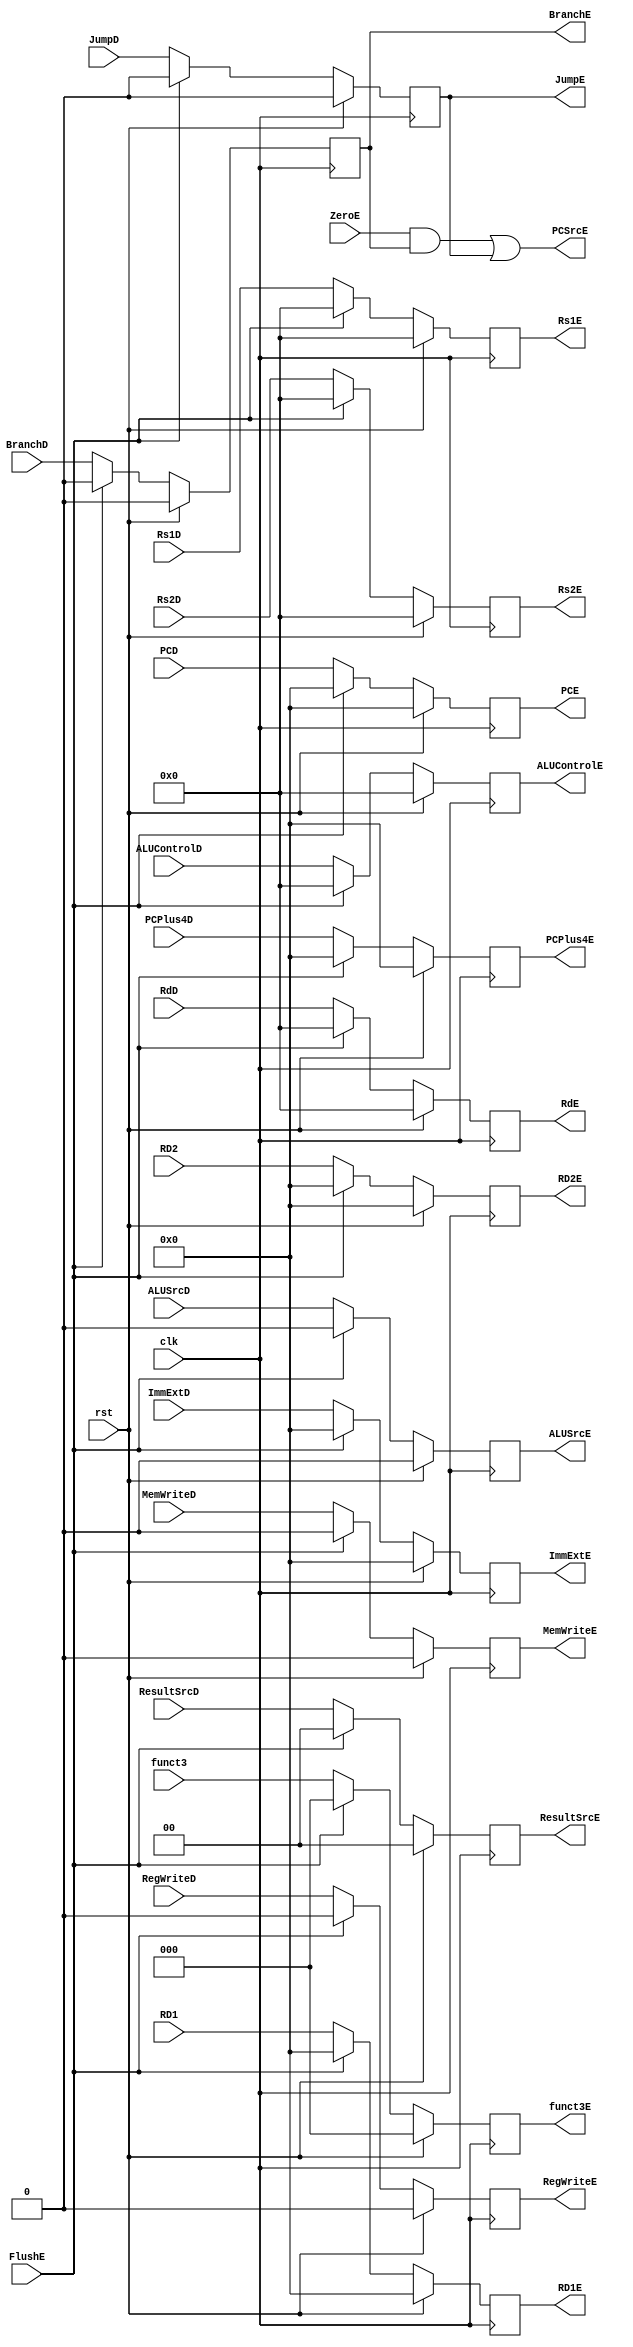
`timescale 1ns/1ps

module ID_EX_Buffer (
    input [31:0]      PCD,     //Current PC Address
    input [31:0]      ImmExtD, //Value of Immediate 
    input [31:0]      PCPlus4D,//Next Address
    input [31:0]      RD1,	//Value of RS1
    input [31:0]      RD2,	//Value of RS2
    input [4:0]       RdD,	//Address of RD
    input [4:0]       Rs1D,	//Address of RS1
    input [4:0]       Rs2D,	//Address of RS2
    input [2:0]       funct3,	//Funct3
    input             rst,
    input             clk,
    input             RegWriteD,
    input             MemWriteD,
    input             JumpD,
    input             BranchD,
    input             ALUSrcD,
    input             ZeroE,
    input             FlushE,
    input [1:0]       ResultSrcD, //
    input [4:0]       ALUControlD,//ALU Control
    output reg        RegWriteE,  //Write enable
    output reg        MemWriteE,
    output reg        JumpE,
    output reg        BranchE,
    output reg        ALUSrcE,
    output reg        PCSrcE,
    output reg [1:0]  ResultSrcE,
    output reg [4:0]  ALUControlE,
    output reg [31:0] PCE,
    output reg [31:0] ImmExtE,
    output reg [31:0] PCPlus4E,
    output reg [31:0] RD1E,
    output reg [31:0] RD2E,
    output reg [2:0]  funct3E,
    output reg [4:0]  RdE,
    output reg [4:0]  Rs1E,
    output reg [4:0]  Rs2E
);
    always @(posedge clk) begin
        if (rst) begin
            RegWriteE   <= 0;
            MemWriteE   <= 0;
            JumpE       <= 0;
            BranchE     <= 0;
            ALUSrcE     <= 0;
            ResultSrcE  <= 2'b00;
            ALUControlE <= 5'b00000;
            PCE         <= 32'd0;
            ImmExtE     <= 32'd0;
            PCPlus4E    <= 32'd0;
            RD1E        <= 32'd0;
            RD2E        <= 32'd0;
            funct3E     <= 3'd0;
            RdE         <= 5'd0;
            Rs1E        <= 5'd0;
            Rs2E        <= 5'd0;
        end
        else if (FlushE) begin
            RegWriteE   <= 0;
            MemWriteE   <= 0;
            JumpE       <= 0;
            BranchE     <= 0;
            ALUSrcE     <= 0;
            ResultSrcE  <= 2'b00;
            ALUControlE <= 5'b00000;
            PCE         <= 32'd0;
            ImmExtE     <= 32'd0;
            PCPlus4E    <= 32'd0;
            RD1E        <= 32'd0;
            RD2E        <= 32'd0;
            funct3E     <= 3'd0;
            RdE         <= 5'd0;
            Rs1E        <= 5'd0;
            Rs2E        <= 5'd0;
        end
        else begin
            RegWriteE   <= RegWriteD;
            MemWriteE   <= MemWriteD;
            JumpE       <= JumpD;
            BranchE     <= BranchD;
            ALUSrcE     <= ALUSrcD;
            ResultSrcE  <= ResultSrcD;
            ALUControlE <= ALUControlD;
            PCE         <= PCD;
            ImmExtE     <= ImmExtD;
            PCPlus4E    <= PCPlus4D;
            RD1E        <= RD1;
            RD2E        <= RD2;
            funct3E     <= funct3;
            RdE         <= RdD;
            Rs1E        <= Rs1D;
            Rs2E        <= Rs2D;
        end
        
    end
    
    always @(*) begin    
        PCSrcE = (ZeroE && BranchE) || JumpE; //PCSrcE if the instruction is either jump or branch
    end
    
endmodule